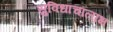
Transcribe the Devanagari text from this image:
सुविधांचालाभ